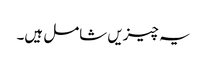
یہ چیزیں شامل ہیں۔